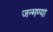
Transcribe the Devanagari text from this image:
जन्मण्या